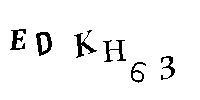
EDKH63